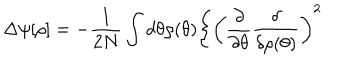
\Delta \psi [ \rho ] = - \frac { 1 } { 2 N } \int d \theta \rho ( \theta ) \Bigg \{ \left( \frac { \partial } { \partial \theta } \frac { \delta } { \delta \rho ( \theta ) } \right) ^ { 2 }